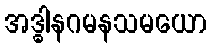
အဒ္ဓါနဂမနသမယော